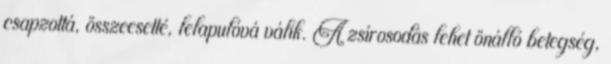
csapzottá, összeesetté, lelapulóvá válik. A zsírosodás lehet önálló betegség,